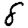
Digit: 8